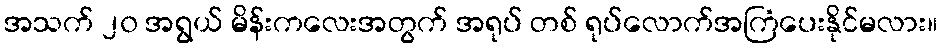
အသက် ၂၀ အရွယ် မိန်းကလေးအတွက် အရုပ် တစ် ရုပ်လောက်အကြံပေးနိုင်မလား။